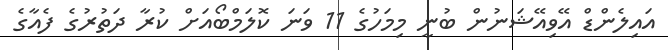
އައިލެންޑް އޭވިއޭޝަނުން ބުނީ މިމަހުގެ 11 ވަނަ ކޮލަމްބޯއަށް ކުރާ ދަތުރުގެ ފެއާގެ